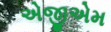
એજીએમ